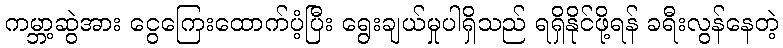
ကမ္ဘာ့ဆွဲအား ငွေကြေးထောက်ပံ့ပြီး ရွေးချယ်မှုပါရှိသည် ရရှိနိုင်ဖို့ရန် ခရီးလွန်နေတဲ့